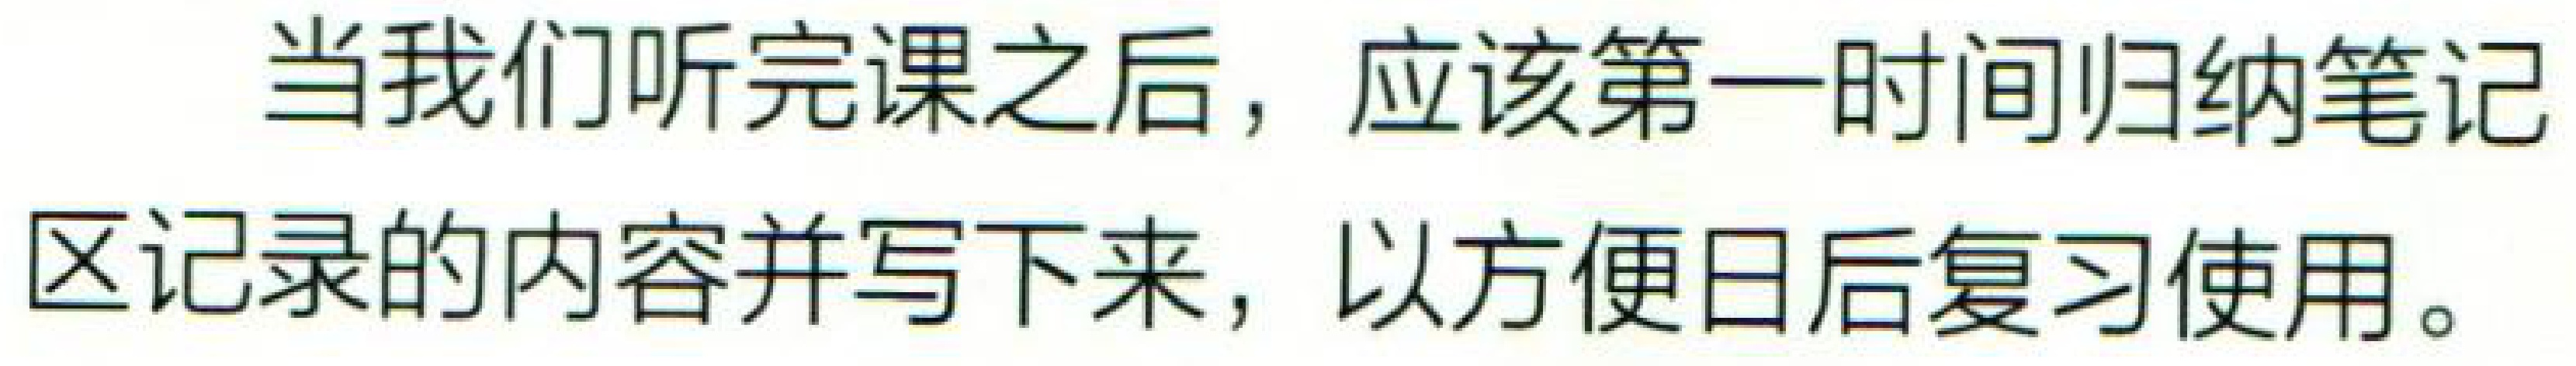
当我们听完课之后，应该第一时间归纳笔记区记录的内容并写下来，以方便日后复习使用。